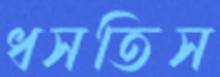
ধসতিস